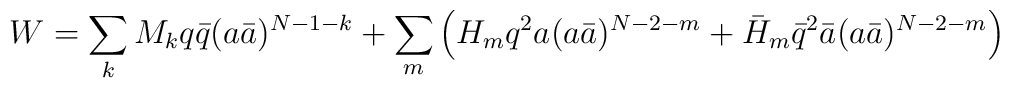
W=\sum_k M_k q \bar{q} (a\bar{a})^{N-1-k} + \sum_m \Big( H_m q^2 a(a\bar{a})^{N-2-m}+\bar{H}_m \bar{q}^2 \bar{a} (a\bar{a})^{N-2-m} \Big)